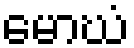
မောဃံ